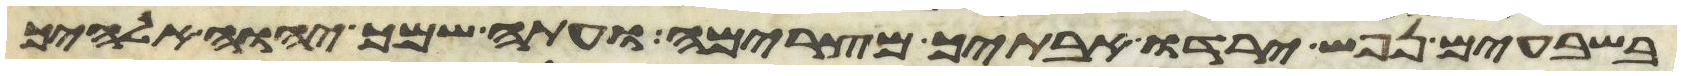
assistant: בשבעים נפש ירדו אבתיך מצרימה ועתה שמך יהוה אלהיך